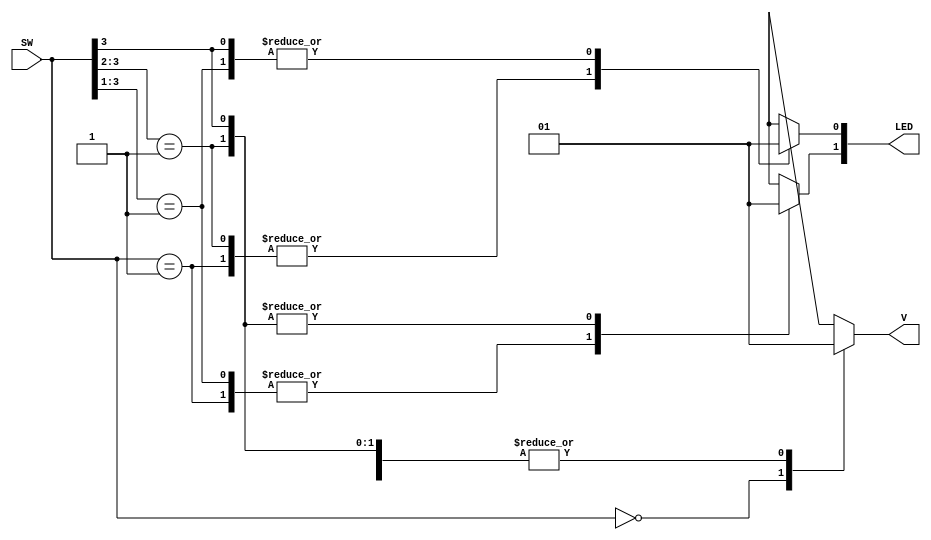
`timescale 1ns / 1ps

module priority_encoder_case(
input [3:0] SW,
output reg [1:0] LED,
output reg V
    );
    
    
    
always @(SW) begin

casex(SW)

4'b0000 :           //0 
begin
LED[0] = 1'bx;
LED[1] = 1'bx;
V = 1'b0;
end

4'b0001:            //1 
begin
LED[0] = 1'b0;
LED[1] = 1'b0;
V = 1'b1;
end

4'b001x:            //3
begin
LED[0] = 1'b1;
LED[1] = 1'b0;
V = 1'b1;
end

4'b01xx:            //4
begin
LED[0] = 1'b0;
LED[1] = 1'b1;
V = 1'b1;
end

4'b1xxx:            //9
begin
LED[0] = 1'b1;
LED[1] = 1'b1;
V = 1'b1;
end

endcase

end
endmodule